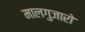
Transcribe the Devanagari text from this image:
मालगुजारो